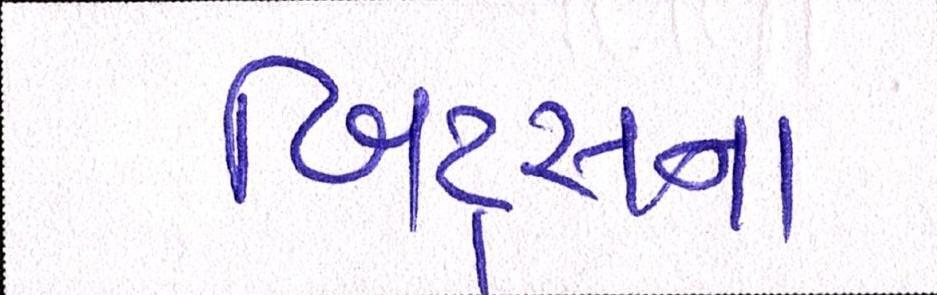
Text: બિટ્સના